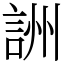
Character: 詶